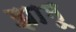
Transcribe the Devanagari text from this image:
झामू